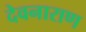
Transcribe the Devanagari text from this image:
देवनाराण